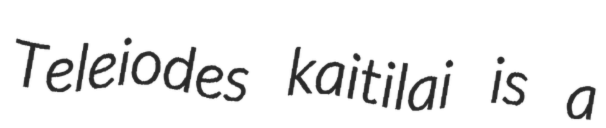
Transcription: Teleiodes kaitilai is a